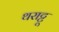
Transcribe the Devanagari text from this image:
थराट्टू